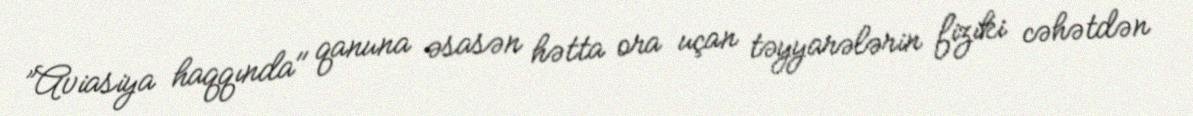
”Aviasiya haqqında" qanuna əsasən hətta ora uçan təyyarələrin fiziki cəhətdən